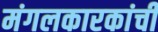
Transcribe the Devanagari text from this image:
मंगलकारकांची